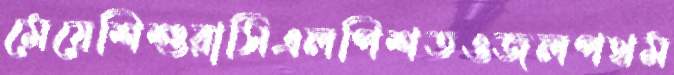
মেয়েশিশুরাসিএলপিশতওজলপথম